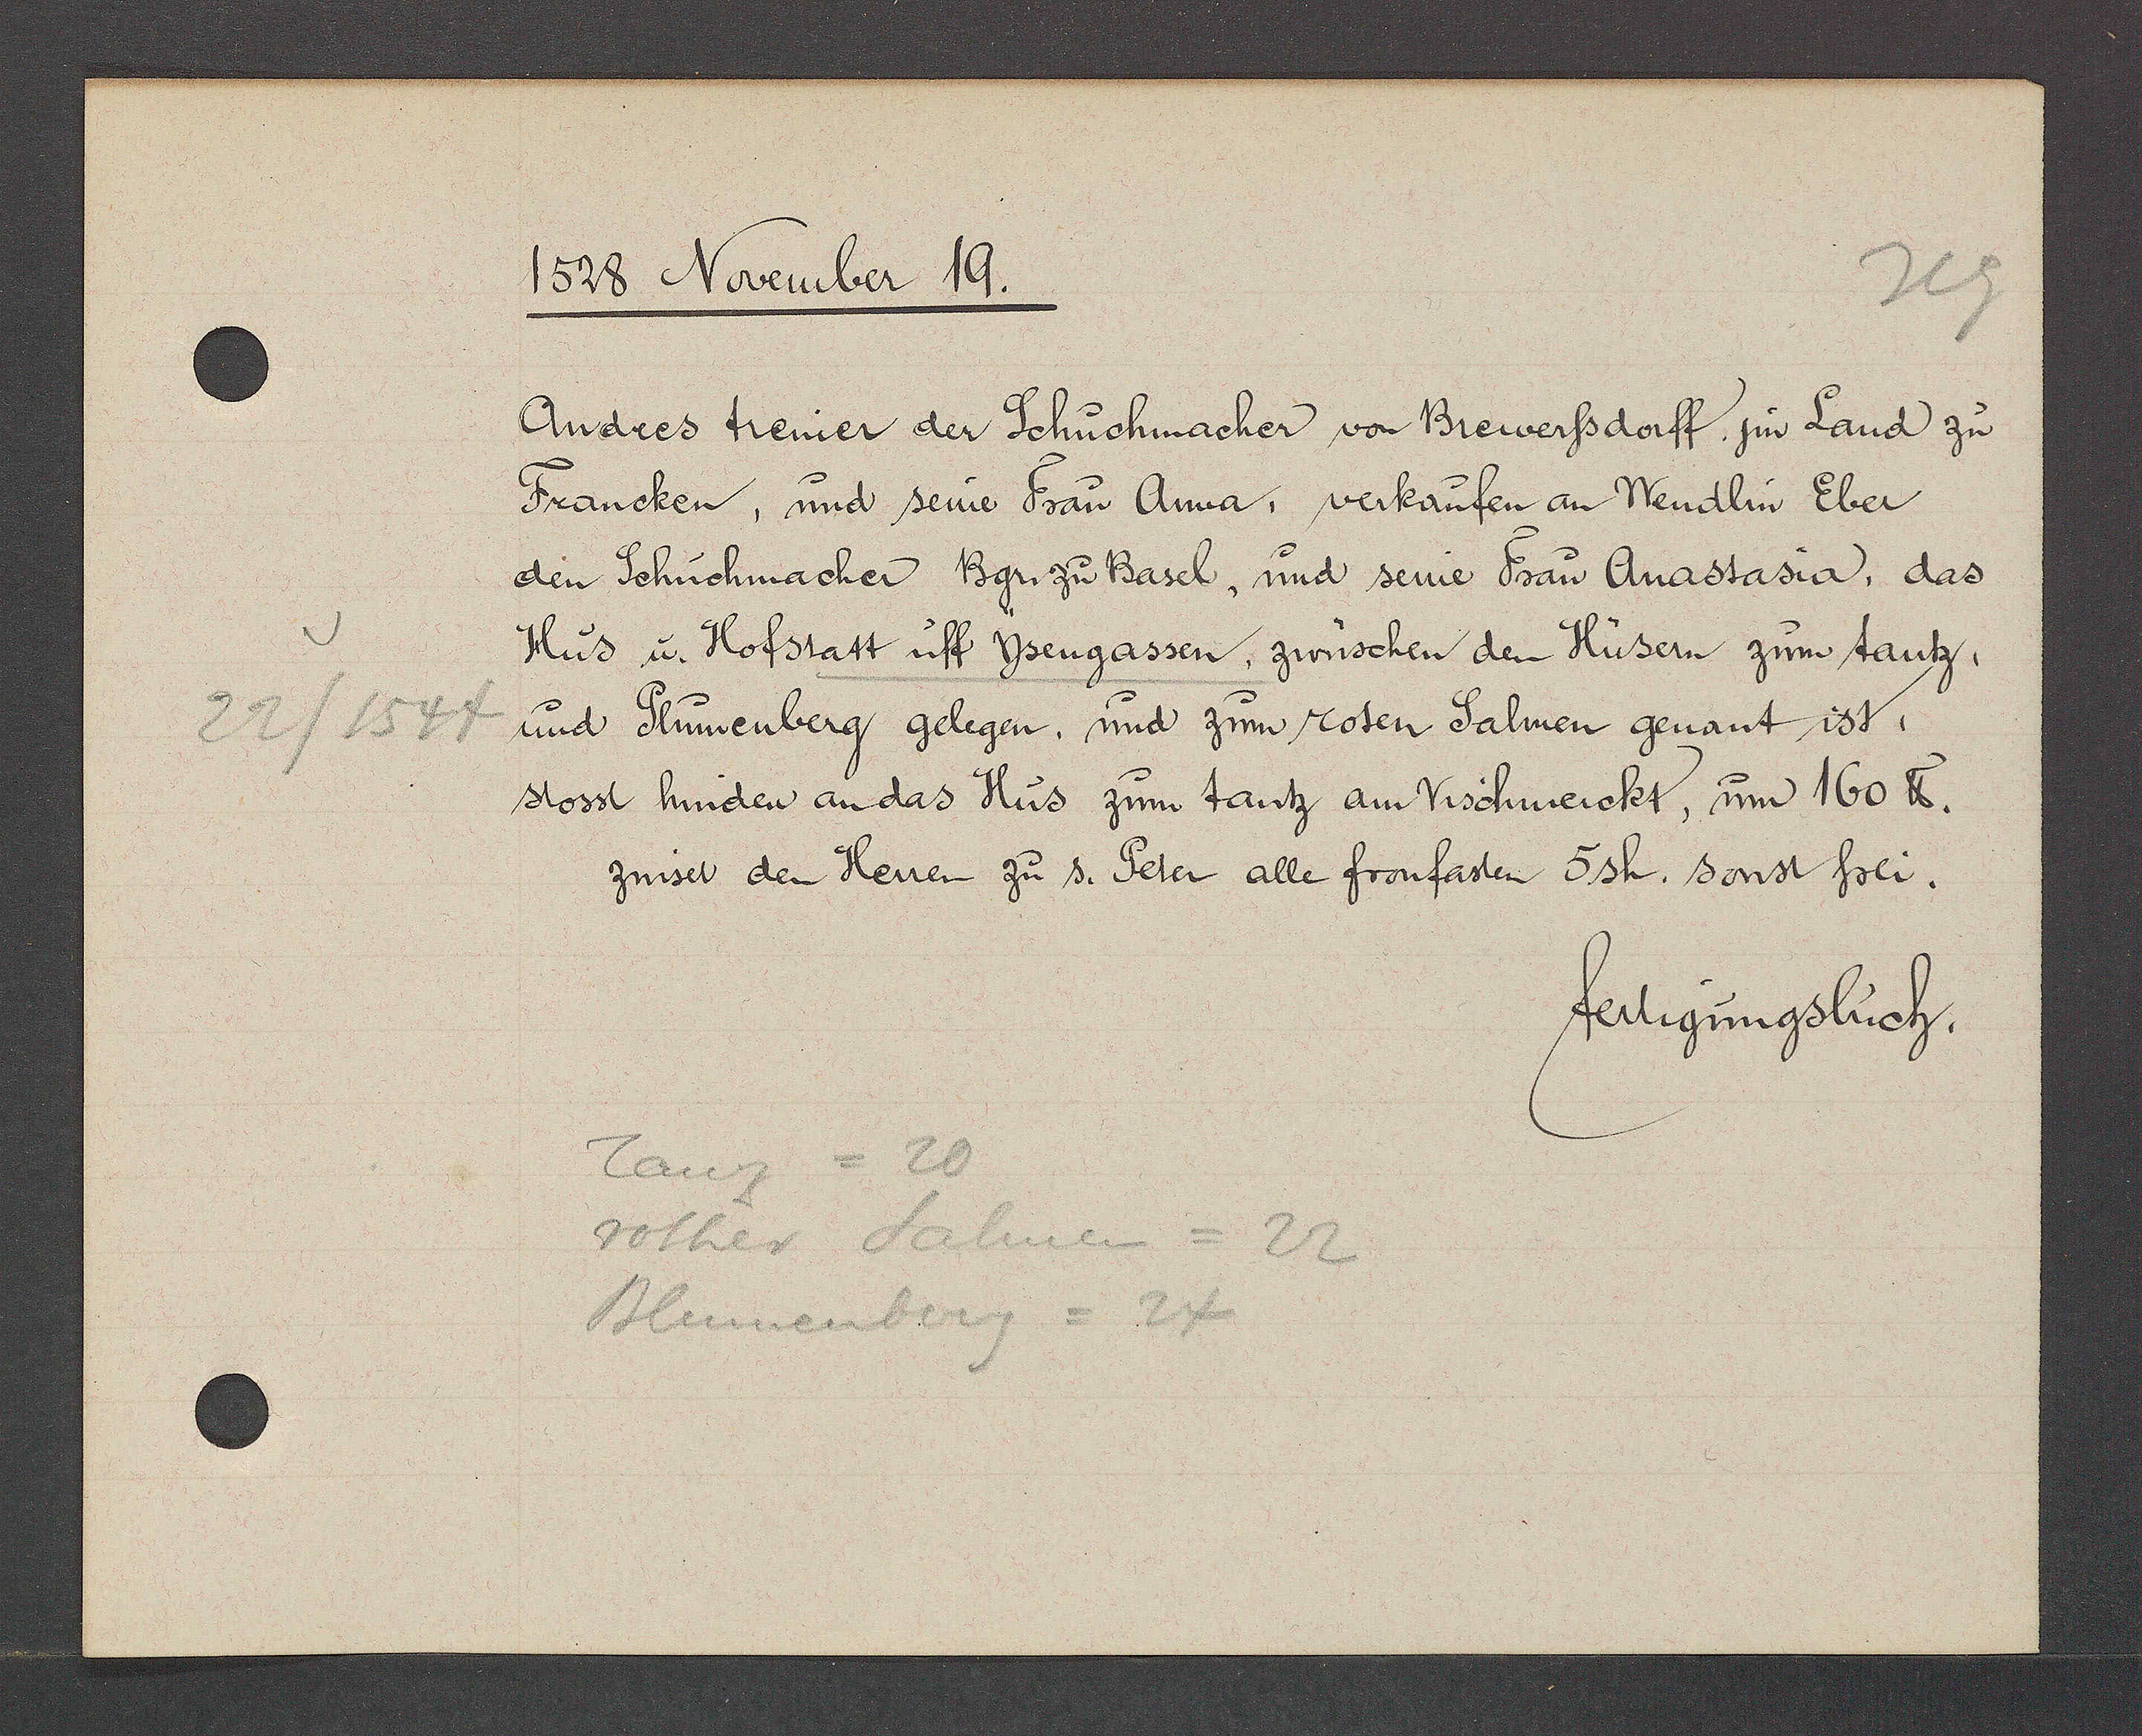
Transcript:
22/1547

1528 November 19.
Andres treiner der Schuchmacher von Brewerfsdorff jm Land zu
Francken, und seine Frau Anna, verkaufen an Wendlin Eber
den Schuchmacher Bgr. zu Basel, und seine Fau Anastasia, das
Hus u. Hofstatt uff Ysengassen, zwuschen den Husern zum tantz,
und Plumenberg gelegen. und zum roten Salmen genant ist.
stosst hinden an das Hus zum tantz am Vischmerckt, um 160 ℔.
zinset den Herren zu s. Peter alle fronfasten 5sh. Sonst frei.
fertigungsbuch.
Tanz = 20
rother Salmen = 22
Blumenberg= 24